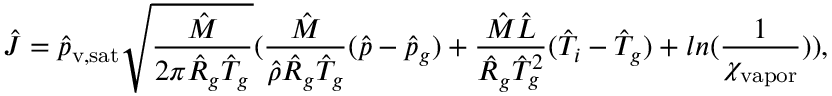
\hat { J } = \hat { p } _ { \mathrm { v , s a t } } \sqrt { \frac { \hat { M } } { 2 \pi \hat { R } _ { g } \hat { T } _ { g } } } ( \frac { \hat { M } } { \hat { \rho } \hat { R } _ { g } \hat { T } _ { g } } ( \hat { p } - \hat { p } _ { g } ) + \frac { \hat { M } \hat { L } } { \hat { R } _ { g } \hat { T } _ { g } ^ { 2 } } ( \hat { T } _ { i } - \hat { T } _ { g } ) + l n ( \frac { 1 } { \chi _ { \mathrm { v a p o r } } } ) ) ,